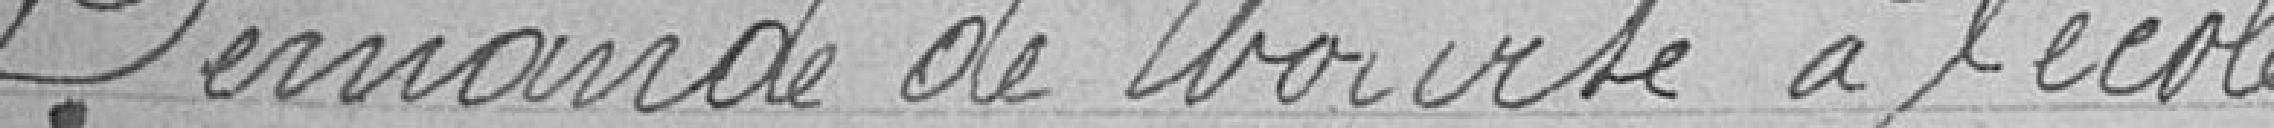
Demande de bourse à l'école